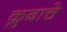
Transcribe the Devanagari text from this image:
क्लबाचे